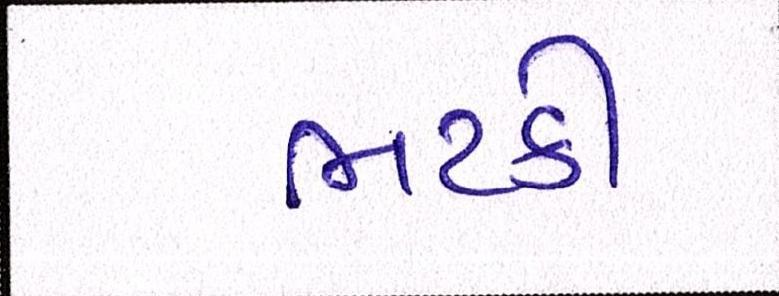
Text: ભટકી